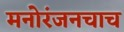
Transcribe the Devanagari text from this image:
मनोरंजनचाच